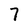
Character: 7